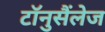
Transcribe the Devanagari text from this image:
टॉनुसैंलेज